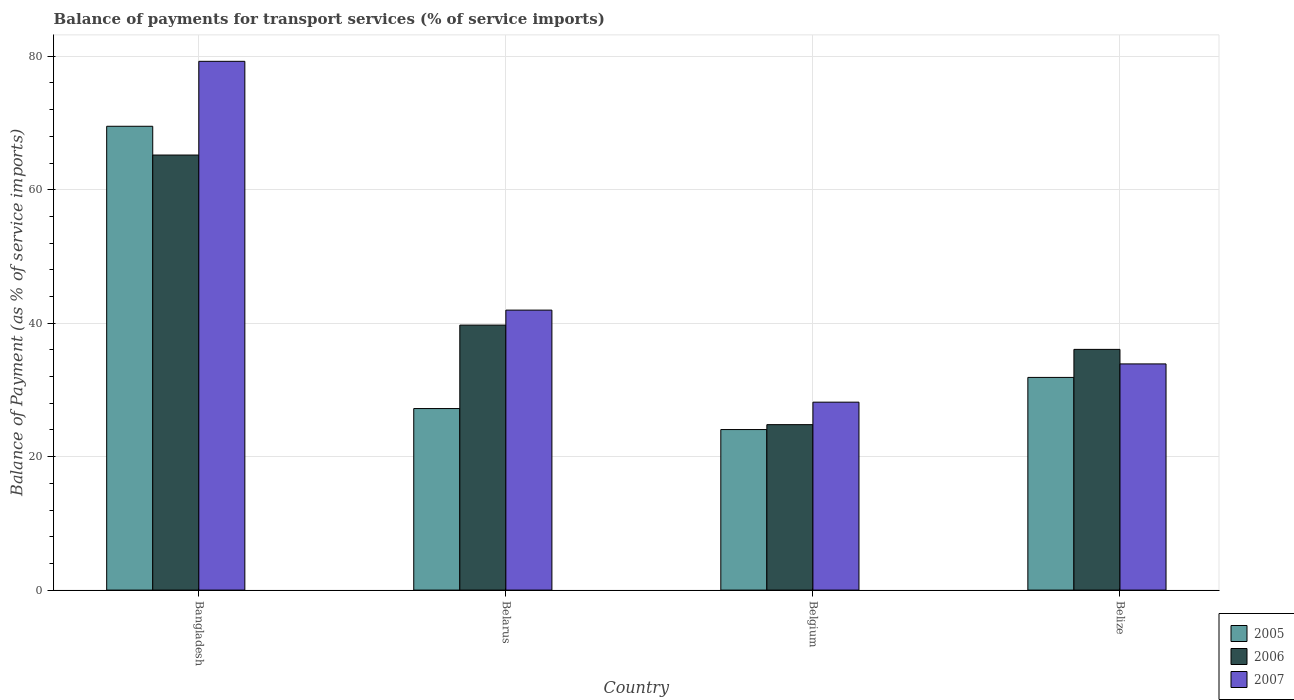
| Country | 2005 | 2006 | 2007 |
 | --- | --- | --- | --- |
 | Bangladesh | 69.5 | 65.2 | 79.2 |
 | Belarus | 27.2 | 39.7 | 42 |
 | Belgium | 24.1 | 24.8 | 28.2 |
 | Belize | 31.9 | 36.1 | 33.9 |